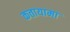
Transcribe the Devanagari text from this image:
कतायामा